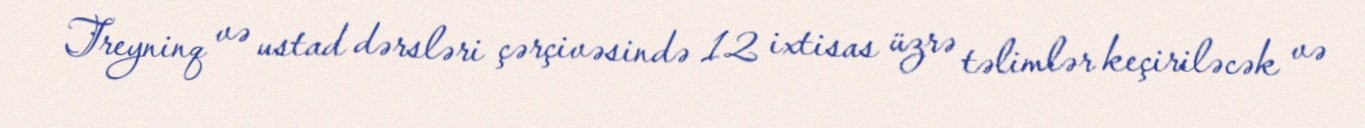
Treyninq və ustad dərsləri çərçivəsində 12 ixtisas üzrə təlimlər keçiriləcək və